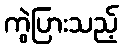
ကွဲပြားသည့်